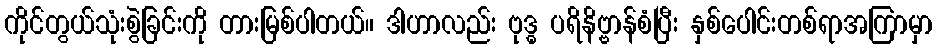
ကိုင်တွယ်သုံးစွဲခြင်းကို တားမြစ်ပါတယ်။ ဒါဟာလည်း ဗုဒ္ဓ ပရိနိဗ္ဗာန်စံပြီး နှစ်ပေါင်းတစ်ရာအကြာမှာ